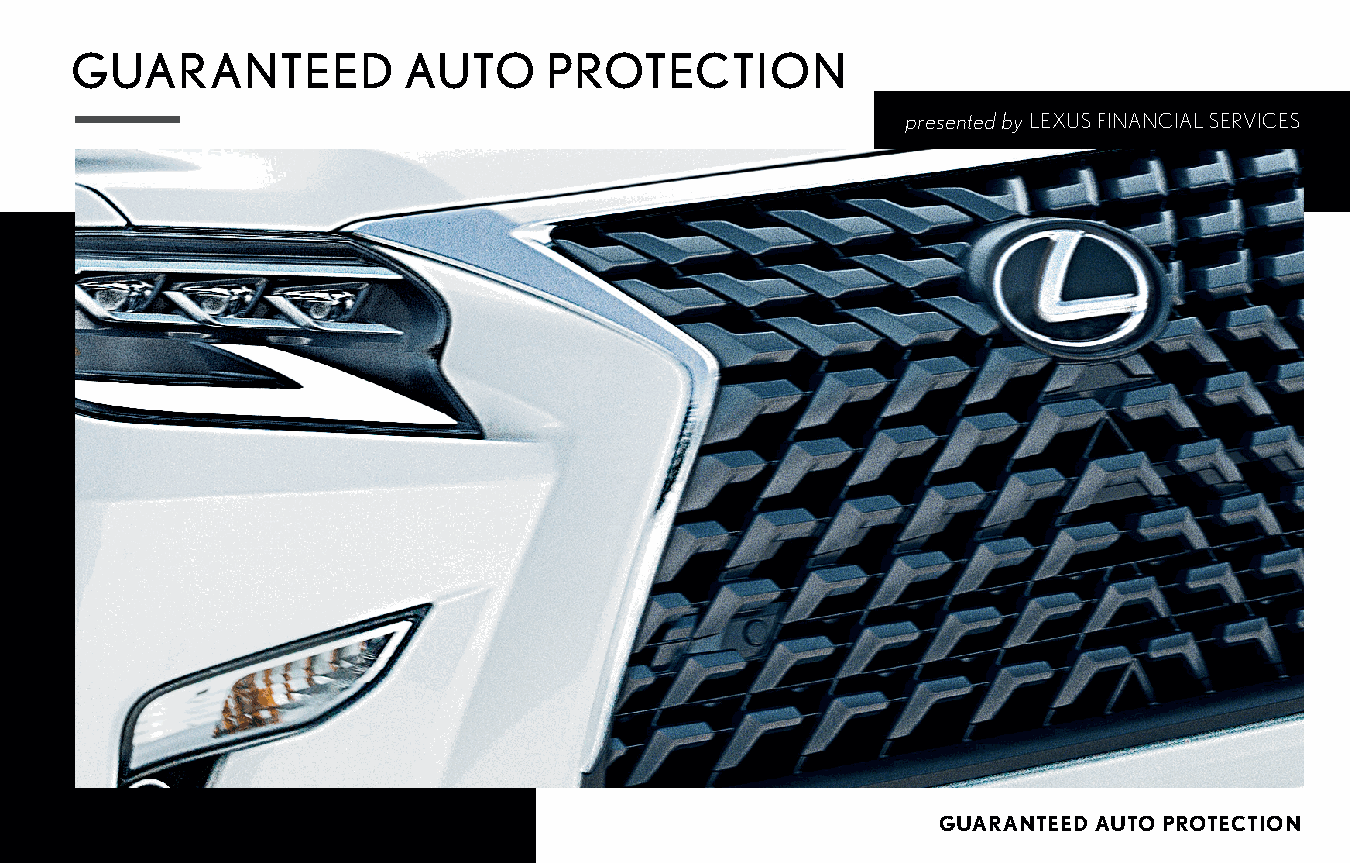
GUARANTEED            AUTO     PROTECTION
 presented by LEXUS FINANCIAL SERVICES
 GUARANTEED AUTO PROTECTION